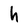
Character: h